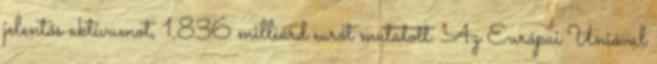
jelentős aktívumot, 1,836 milliárd eurót mutatott. Az Európai Unióval